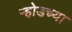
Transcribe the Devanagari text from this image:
ऱ्होडच्या